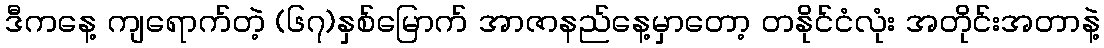
ဒီကနေ့ ကျရောက်တဲ့ (၆၇)နှစ်မြောက် အာဇာနည်နေ့မှာတော့ တနိုင်ငံလုံး အတိုင်းအတာနဲ့